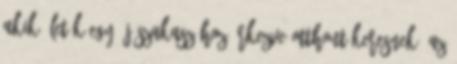
akik életük egy új szakaszához érkezve otthont keresnek. Az